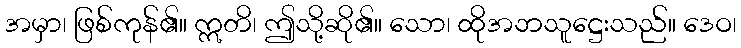
အမှာ၊ ဖြစ်ကုန်၏။ ဣတိ၊ ဤသို့ဆို၏။ သော၊ ထိုအဘသူဋ္ဌေးသည်။ ဒေဝ၊